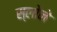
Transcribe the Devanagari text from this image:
स्‍लोने